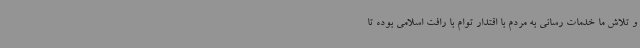
و تلاش ما خدمات رسانی به مردم با اقتدار توام با رافت اسلامی بوده تا